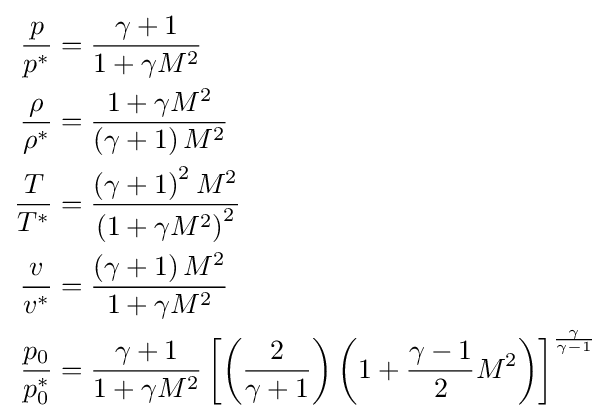
{\begin{aligned}{\frac {p}{p^{*}}}&={\frac {\gamma +1}{1+\gamma M^{2}}}\\{\frac {\rho }{\rho ^{*}}}&={\frac {1+\gamma M^{2}}{\left(\gamma +1\right)M^{2}}}\\{\frac {T}{T^{*}}}&={\frac {\left(\gamma +1\right)^{2}M^{2}}{\left(1+\gamma M^{2}\right)^{2}}}\\{\frac {v}{v^{*}}}&={\frac {\left(\gamma +1\right)M^{2}}{1+\gamma M^{2}}}\\{\frac {p_{0}}{p_{0}^{*}}}&={\frac {\gamma +1}{1+\gamma M^{2}}}\left[\left({\frac {2}{\gamma +1}}\right)\left(1+{\frac {\gamma -1}{2}}M^{2}\right)\right]^{\frac {\gamma }{\gamma -1}}\end{aligned}}